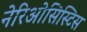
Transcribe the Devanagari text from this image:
नेरिओसिस्टिस